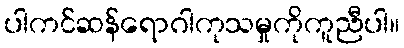
ပါကင်ဆန်ရောဂါကုသမှုကိုကူညီပါ။